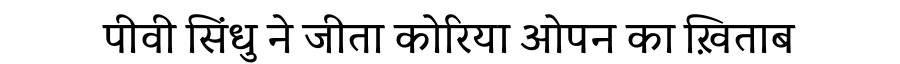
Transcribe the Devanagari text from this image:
पीवी सिंधु ने जीता कोरिया ओपन का ख़िताब